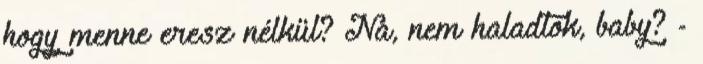
hogy menne eresz nélkül? Na, nem haladtok, baby? -